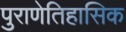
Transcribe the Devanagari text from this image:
पुराणेतिहासिक